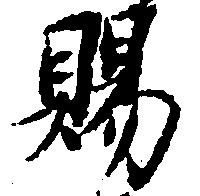
賜